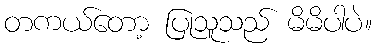
တကယ်တော့ ပြုသူသည် မိမိပါပဲ။